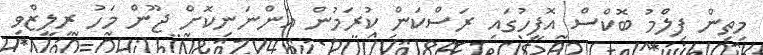
މިތިން ފިލްމު ބޮކްސް އޮފީހުގައި ރަސްކަން ކުރަމުން އަންނަނިކޮށް ޖޫން މަހު ރިލީޒްވި